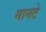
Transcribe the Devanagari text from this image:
नानटे